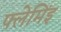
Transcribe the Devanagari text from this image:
फ्लेमिंइ